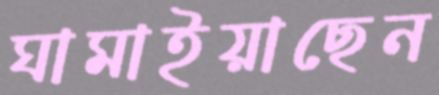
ঘামাইয়াছেন